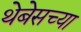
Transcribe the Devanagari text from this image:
थेबेसच्या